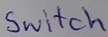
Text: Switch